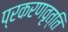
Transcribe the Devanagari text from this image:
प्रकरणवृत्ति